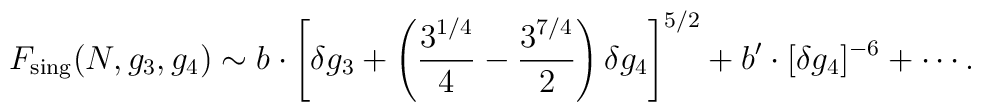
F_{\rm sing}(N,  g_3 ,  g_4)  \sim b\cdot   \left[ \delta g_3 +  \left(  \frac{3^{1/4}}{4} - \frac{3^{7/4}}{2}\right) \delta g_4\right]^{5/2}+ b'\cdot [\delta g_4]^{-6} + \cdots.